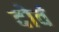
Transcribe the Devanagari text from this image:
दोवं